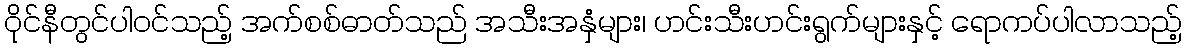
ဝိုင်နီတွင်ပါဝင်သည့် အက်စစ်ဓာတ်သည် အသီးအနှံများ၊ ဟင်းသီးဟင်းရွက်များနှင့် ရောကပ်ပါလာသည့်